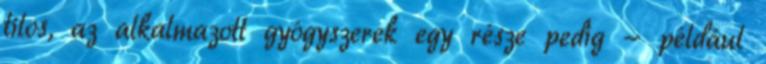
tilos, az alkalmazott gyógyszerek egy része pedig - például